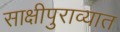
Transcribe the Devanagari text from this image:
साक्षीपुराव्यात